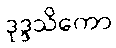
ဒုဒ္ဒသိကော